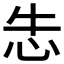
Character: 𰑆